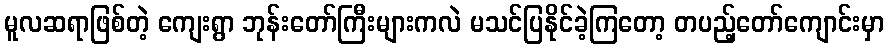
မူလဆရာဖြစ်တဲ့ ကျေးရွာ ဘုန်းတော်ကြီးများကလဲ မသင်ပြနိုင်ခဲ့ကြတော့ တပည့်တော်ကျောင်းမှာ